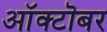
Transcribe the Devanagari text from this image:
आॅक्टॊबर